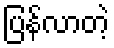
ပြန်လာတဲ့